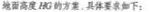
地面高度 HG 的方案，具体要求下：